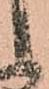
候